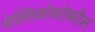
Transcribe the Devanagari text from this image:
मेक्सिकोबरोबरील